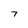
Character: 7